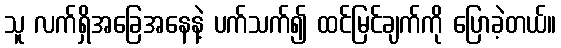
သူ လက်ရှိအခြေအနေနဲ့ ပက်သက်၍ ထင်မြင်ချက်ကို ပြောခဲ့တယ်။